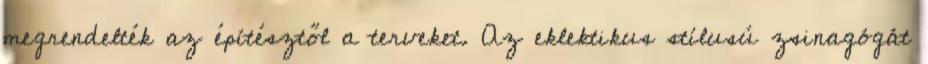
megrendelték az építésztől a terveket. Az eklektikus stílusú zsinagógát